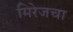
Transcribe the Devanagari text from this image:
मिरेजचा